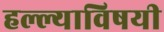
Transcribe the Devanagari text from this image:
हल्ल्याविषयी